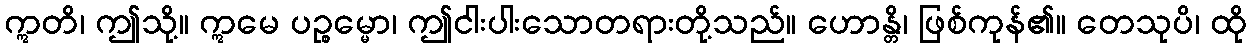
ဣတိ၊ ဤသို့။ ဣမေ ပဉ္စမ္မော၊ ဤငါးပါးသောတရားတို့သည်။ ဟောန္တိ၊ ဖြစ်ကုန်၏။ တေသုပိ၊ ထို